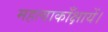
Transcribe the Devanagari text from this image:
महत्वाकाँक्षायें।